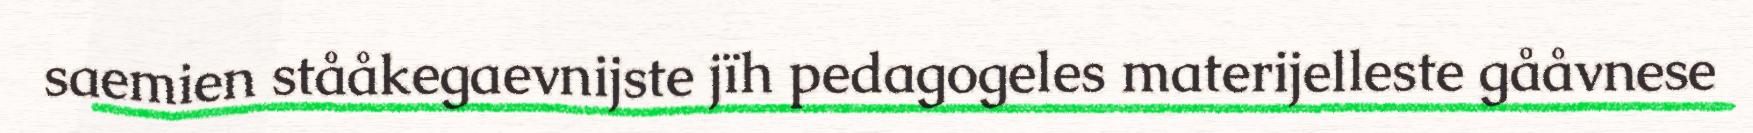
saemien stååkegaevnijste jïh pedagogeles materijelleste gååvnese